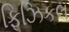
ફિઝિકલ